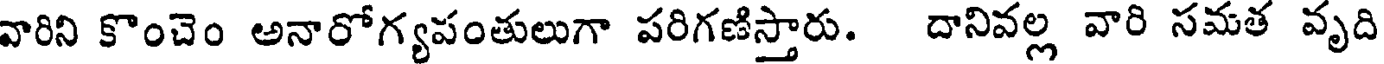
వారిని కొంచెం అనారోగ్యపంతులుగా పరిగణిస్తారు. దానివల్ల వారి సమత వృది